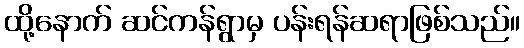
ထို့နောက် ဆင်ကန်ရွာမှ ပန်းရန်ဆရာဖြစ်သည်။